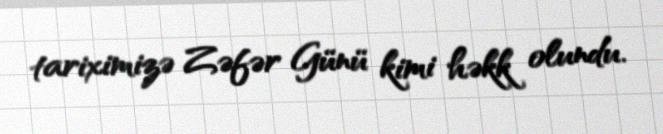
tariximizə Zəfər Günü kimi həkk olundu.